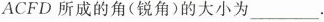
ACFD 所成的角(锐角)的大小为___.